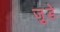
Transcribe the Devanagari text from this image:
जु़डे